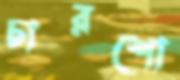
চারশো